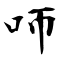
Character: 𠯗